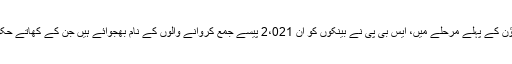
عابد قمر نے کہا کہ کریک ڈاؤن کے پہلے مرحلے میں، ایس بی پی نے بینکوں کو ان 2،021 پیسے جمع کروانے والوں کے نام بھجوائے ہیں جن کے کھاتے حکومت منجمد کروانا چاہتی ہے۔